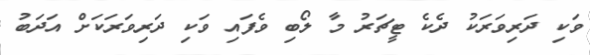
ވަކި ދަރިވަރަކު ދެކެ ޓީޗަރު މާ ލޯބި ވެފައި ވަކި ދަރިވަރަކަށް އަދަބު